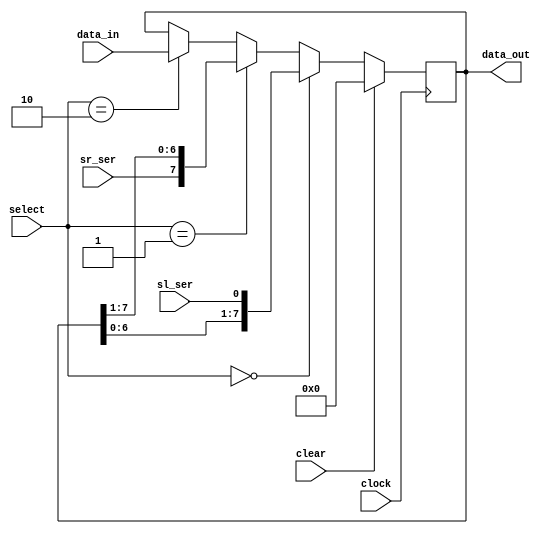
module iiitb_usr  (data_in,data_out,clock,clear,select,sl_ser,sr_ser

    );
    input [7:0] data_in;
    output reg [7:0] data_out;
    input clear,clock,sl_ser,sr_ser;
    input [1:0] select;
    
    always@(posedge clock)
    begin
        if(clear==1'b1)
            data_out<=8'b00000000;
        else
        begin 
            if(select==2'b00)   //Shift left
                data_out<={data_out[6:0],sl_ser};
            else if(select==2'b01)  //Shift right
                data_out<={sr_ser,data_out[7:1]}; 
            else if(select==2'b10)  // Parallel load
                data_out<=data_in;
            else
                data_out<=data_out; //Temporary storage
         end
    end
    
endmodule